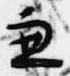
兼